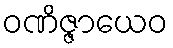
ဝဏိဇ္ဇာယေဝ